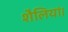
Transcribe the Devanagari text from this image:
शैलियां।